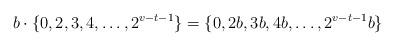
LaTeX: \begin{align*}b\cdot\{0,2,3,4,\ldots,2^{v-t-1}\}=\{0,2b,3b,4b,\ldots,2^{v-t-1}b\}\end{align*}